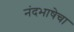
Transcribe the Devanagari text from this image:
नंदभाषेचा